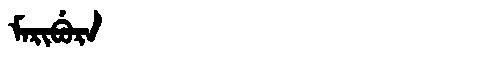
Manchu: ᠮᠠᡵᡳᠪᡠᡵᠠ
Romanization: MARIBURA